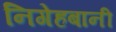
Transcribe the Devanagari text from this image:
निगेहबानी